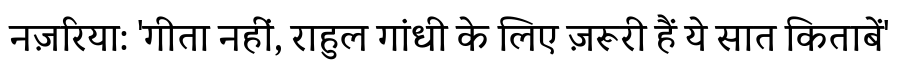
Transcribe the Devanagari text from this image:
नज़रिया: 'गीता नहीं, राहुल गांधी के लिए ज़रूरी हैं ये सात किताबें'